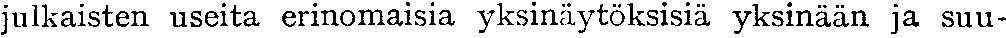
julkaisten useita erinomaisia yksinäytöksisiä yksinään ja suu-